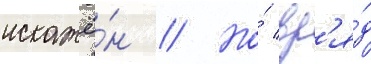
искажё́н // Но́ вр'я́д